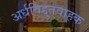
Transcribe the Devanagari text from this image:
अर्धविद्दुतवाहक